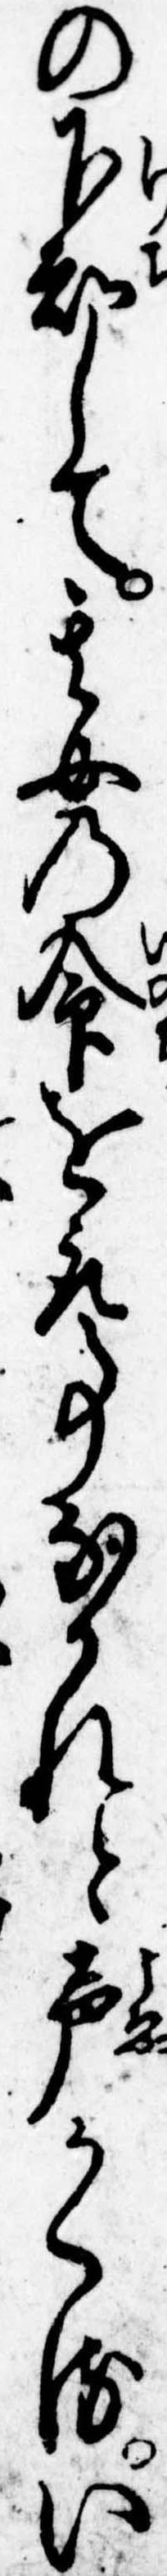
の下知して其女の命を取事なかれと声かくるい